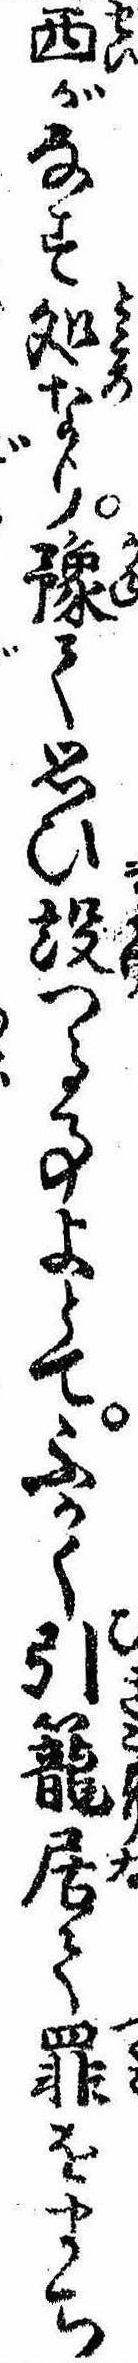
西がなす処なり予て思ひ設つる事よとてふかく引篭居て罪をまち